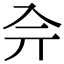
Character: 𠓡